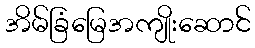
အိမ်ခြံမြေအကျိုးဆောင်